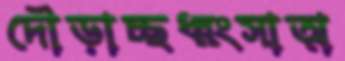
দৌড়াচ্ছধ্বংসাত্ম